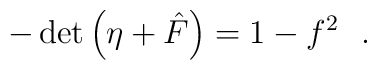
- \det \left(\eta + {\hat{F}} \right) = 1 - f^2~~.